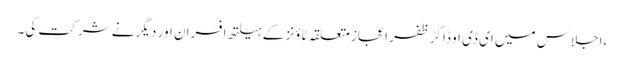
،اجلاس میں ای ڈی او ڈاکڑ ظفر اعجاز متعلقہ ٹاؤنز کے ہیلتھ افسران اور دیگر نے شر کت کی۔